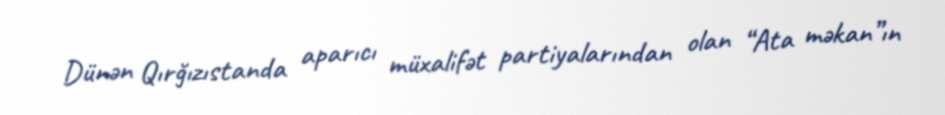
Dünən Qırğızıstanda aparıcı müxalifət partiyalarından olan “Ata məkan”ın